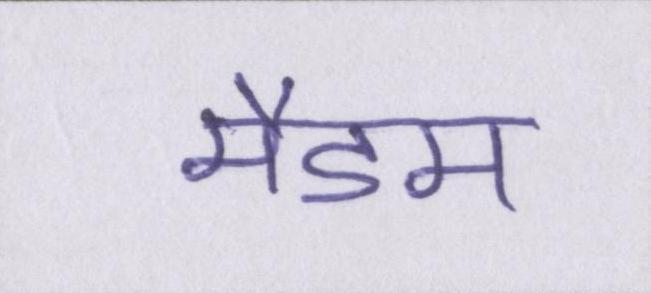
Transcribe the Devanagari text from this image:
मैडम